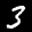
Label: 3